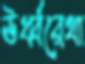
ঊর্ধ্বরেখা